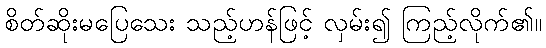
စိတ်ဆိုးမပြေသေး သည့်ဟန်ဖြင့် လှမ်း၍ ကြည့်လိုက်၏။